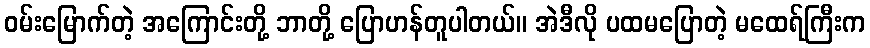
ဝမ်းမြောက်တဲ့ အကြောင်းတို့ ဘာတို့ ပြောဟန်တူပါတယ်။ အဲဒီလို ပထမပြောတဲ့ မထေရ်ကြီးက